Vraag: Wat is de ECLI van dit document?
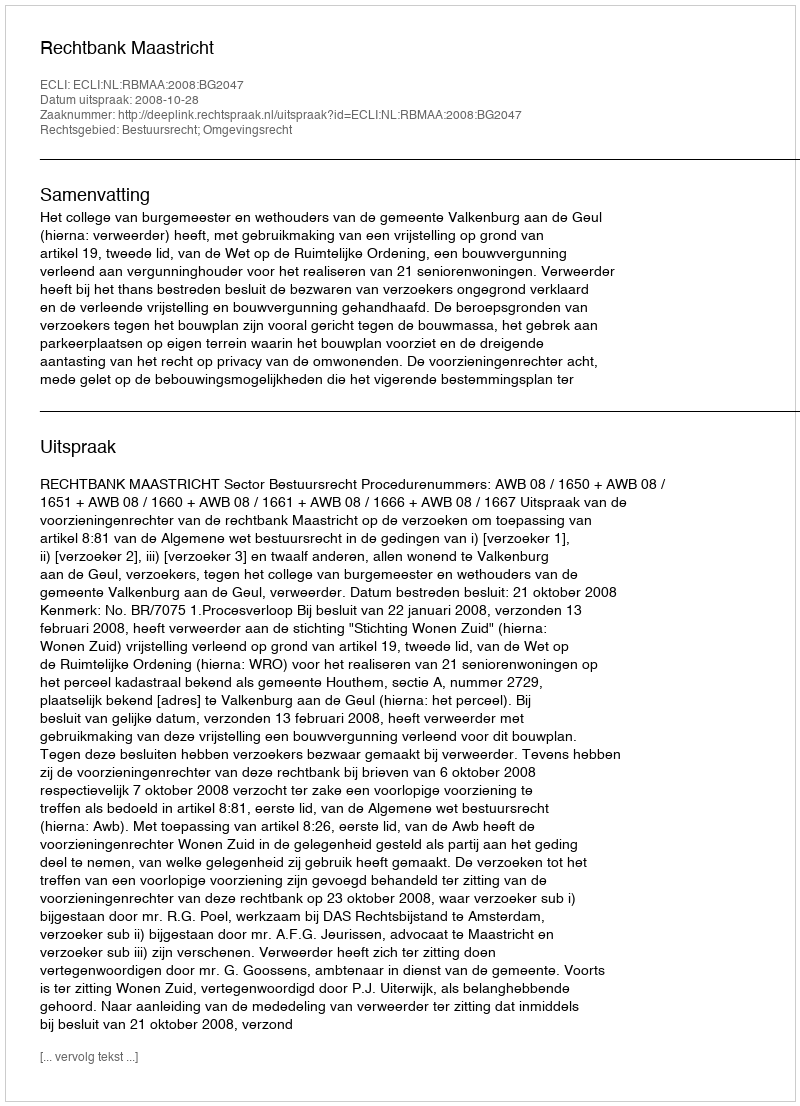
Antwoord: ECLI:NL:RBMAA:2008:BG2047